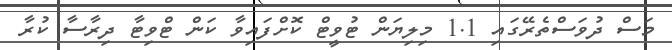
މަސް ދުވަސްތެރޭގައި 1.1 މިލިޔަން ޓުވީޓް ކޮށްފައިވާ ކަން ޓްވިޓާ ދިރާސާ ކުރާ